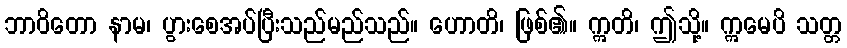
ဘာဝိတော နာမ၊ ပွားစေအပ်ပြီးသည်မည်သည်။ ဟောတိ၊ ဖြစ်၏။ ဣတိ၊ ဤသို့။ ဣမေပိ သတ္တ